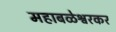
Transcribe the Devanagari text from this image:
महाबळेश्वरकर